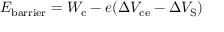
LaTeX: E _ { \mathrm { { b a r r i e r } } } = W _ { \mathrm { { c } } } - e ( \Delta V _ { \mathrm { { c e } } } - \Delta V _ { \mathrm { { S } } } )